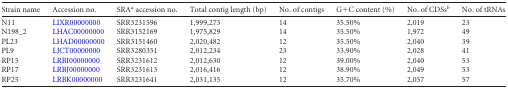
<table><thead><tr><td><b>Strain name</b></td><td><b>Accession no.</b></td><td><b>SRA<i><sup><i>a</i></sup></i> accession no.</b></td><td><b>Total contig length (bp)</b></td><td><b>No. of contigs</b></td><td><b>G+C content (%)</b></td><td><b>No. of CDSs<i><sup><i>b</i></sup></i></b></td><td><b>No. of tRNAs</b></td></tr></thead><tbody><tr><td>N11</td><td>LIXR00000000</td><td>SRR3231596</td><td>1,999,273</td><td>14</td><td>35.50%</td><td>2,019</td><td>23</td></tr><tr><td>N198_2</td><td>LHAC00000000</td><td>SRR3152169</td><td>1,975,829</td><td>14</td><td>35.50%</td><td>1,972</td><td>49</td></tr><tr><td>PL23</td><td>LHAD00000000</td><td>SRR3151460</td><td>2,020,482</td><td>12</td><td>35.50%</td><td>2,040</td><td>39</td></tr><tr><td>PL9</td><td>LJCT00000000</td><td>SRR3280351</td><td>2,012,234</td><td>23</td><td>33.90%</td><td>2,028</td><td>41</td></tr><tr><td>RP15</td><td>LRBI00000000</td><td>SRR3231612</td><td>2,012,630</td><td>12</td><td>39.00%</td><td>2,040</td><td>53</td></tr><tr><td>RP17</td><td>LRBJ00000000</td><td>SRR3231613</td><td>2,016,416</td><td>12</td><td>38.90%</td><td>2,049</td><td>53</td></tr><tr><td>RP25</td><td>LRBK00000000</td><td>SRR3231641</td><td>2,031,135</td><td>12</td><td>35.70%</td><td>2,057</td><td>57</td></tr></tbody></table>